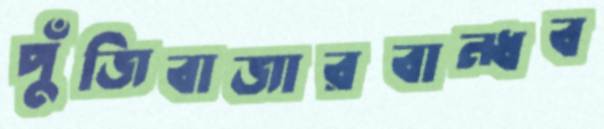
পুঁজিবাজারবান্ধব